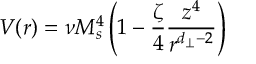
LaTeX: V ( r ) = \nu M _ { s } ^ { 4 } \left( 1 - \frac { \zeta } { 4 } \frac { z ^ { 4 } } { r ^ { d _ { \perp } - 2 } } \right)